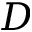
D